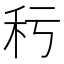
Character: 𥝜